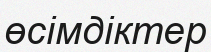
өсімдіктер